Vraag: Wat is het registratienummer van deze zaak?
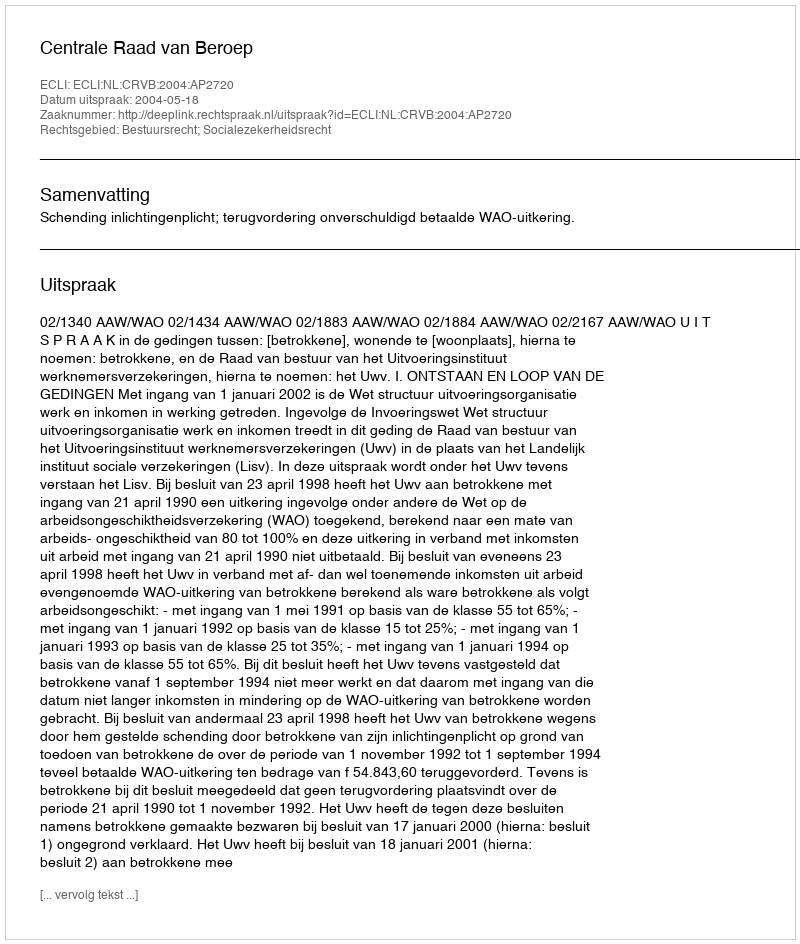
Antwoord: http://deeplink.rechtspraak.nl/uitspraak?id=ECLI:NL:CRVB:2004:AP2720